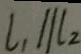
l _ { 1 } / / l _ { 2 }